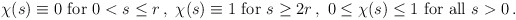
\begin{align*}\begin{aligned}\chi (s) \equiv 0 \textrm{ for } 0 < s \leq r \,, \ \chi (s) \equiv 1 \textrm{ for } s \geq 2 r \,, \ 0 \leq \chi (s) \leq 1 \textrm{ for all } s > 0 \,.\end{aligned}\end{align*}